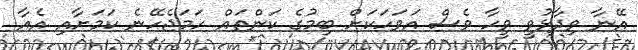
އޭނާ ވިދާޅުވީ ވީހާ ވެސް އަވަހަކަށް ބިމުގެ ކަންތައް ހަމަޖެހޭނެ ކަމަށާއި އެއާ